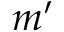
m ^ { \prime }